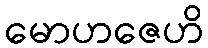
မောဟဇေဟိ